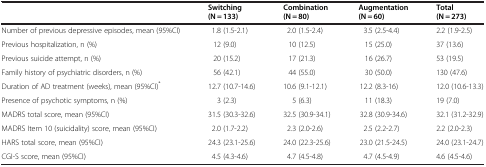
| <ROWSPAN=2>  | Switching | Combination | Augmentation | Total |
 | (N = 133) | (N = 80) | (N = 60) | (N = 273) |
 | --- | --- | --- | --- | --- |
 | Number of previous depressive episodes, mean (95%CI) | 1.8 (1.5-2.1) | 2.0 (1.5-2.4) | 3.5 (2.5-4.4) | 2.2 (1.9-2.5) |
 | Previous hospitalization, n (%) | 12 (9.0) | 10 (12.5) | 15 (25.0) | 37 (13.6) |
 | Previous suicide attempt, n (%) | 20 (15.2) | 17 (21.3) | 16 (26.7) | 53 (19.5) |
 | Family history of psychiatric disorders, n (%) | 56 (42.1) | 44 (55.0) | 30 (50.0) | 130 (47.6) |
 | Duration of AD treatment (weeks), mean (95%CI)* | 12.7 (10.7-14.6) | 10.6 (9.1-12.1) | 12.2 (8.3-16) | 12.0 (10.6-13.3) |
 | Presence of psychotic symptoms, n (%) | 3 (2.3) | 5 (6.3) | 11 (18.3) | 19 (7.0) |
 | MADRS total score, mean (95%CI) | 31.5 (30.3-32.6) | 32.5 (30.9-34.1) | 32.8 (30.9-34.6) | 32.1 (31.2-32.9) |
 | MADRS Item 10 (suicidality) score, mean (95%CI) | 2.0 (1.7-2.2) | 2.3 (2.0-2.6) | 2.5 (2.2-2.7) | 2.2 (2.0-2.3) |
 | HARS total score, mean (95%CI) | 24.3 (23.1-25.6) | 24.0 (22.3-25.6) | 23.0 (21.5-24.5) | 24.0 (23.1-24.7) |
 | CGI-S score, mean (95%CI) | 4.5 (4.3-4.6) | 4.7 (4.5-4.8) | 4.7 (4.5-4.9) | 4.6 (4.5-4.6) |